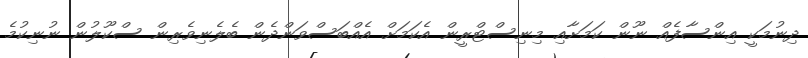
ދިނުމަކީ އިންސާފެއް ނޫން ކަމަށާއި މިނިސްޓްރީން އެކަމަށް އެއްބަސްވަންދެން ބެލެނިވެރިން ސްކޫލުން ނުނިކުމެ